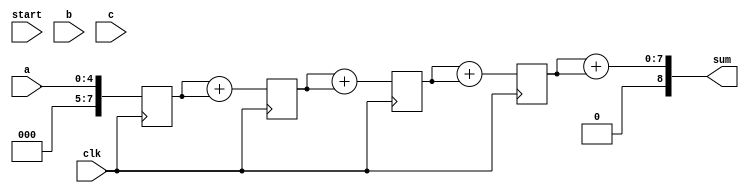
module fsm #(
    parameter width = 4
) (
    input clk,
    input start,
    input [width:0] a ,b , c,
    output [width+4:0] sum
);


  reg  [2:0] current_state;
  reg  [2:0] next_state;
  localparam IDLE   = 3'b000;
  localparam STAGE1 = 3'b001;
  localparam STAGE2 = 3'b010;
  localparam STAGE3 = 3'b011;
  localparam STAGE4 = 3'b100;  
  localparam STAGE5 = 3'b101;

  wire [7:0] sum1 [0:4];
  reg  [7:0] sum1_reg [0:3];



always@(posedge clk) begin
        sum1_reg[0] <= sum1[0];
        sum1_reg[1] <= sum1[1];
        sum1_reg[2] <= sum1[2];
        sum1_reg[3] <= sum1[3];
        sum1_reg[4] <= sum1[4];
end
//   always @(posedge clk) begin
//       current_state <= next_state;
//   end



//   always @(*)  begin
//     case (current_state)
//         IDLE: begin
//             if(start) begin
//                 next_state = STAGE1;
//             end else begin
//                 next_state = IDLE;
//             end
//         end
//         STAGE1: begin
//             next_state = STAGE2;
//             sum1_reg[0] = sum1[0];
//         end
//         STAGE2: begin
//             next_state = STAGE3;
//             sum1_reg[1] = sum1[1];
//         end
//         STAGE3: begin
//             next_state = STAGE4;
//             sum1_reg[2] = sum1[2];
//         end
//         STAGE4: begin
//             next_state = STAGE5;
//             sum1_reg[3] = sum1[3];
//         end
//         default begin
//             current_state = IDLE;
//         end
//     endcase
//   end
  
assign  sum1[0] = a;
assign  sum1[1] = sum1_reg[0] + sum1_reg[0];
assign  sum1[2] = sum1_reg[1] + sum1_reg[1];
assign  sum1[3] = sum1_reg[2] + sum1_reg[2];
assign  sum1[4] = sum1_reg[3] + sum1_reg[3];
assign sum = sum1[4]; 

  
endmodule